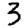
Digit: 3